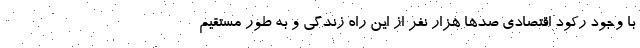
با وجود رکود اقتصادی صدها هزار نفر از این راه زندگی و به طور مستقیم